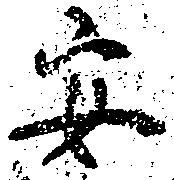
安